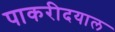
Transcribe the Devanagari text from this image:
पाकरीदयाल